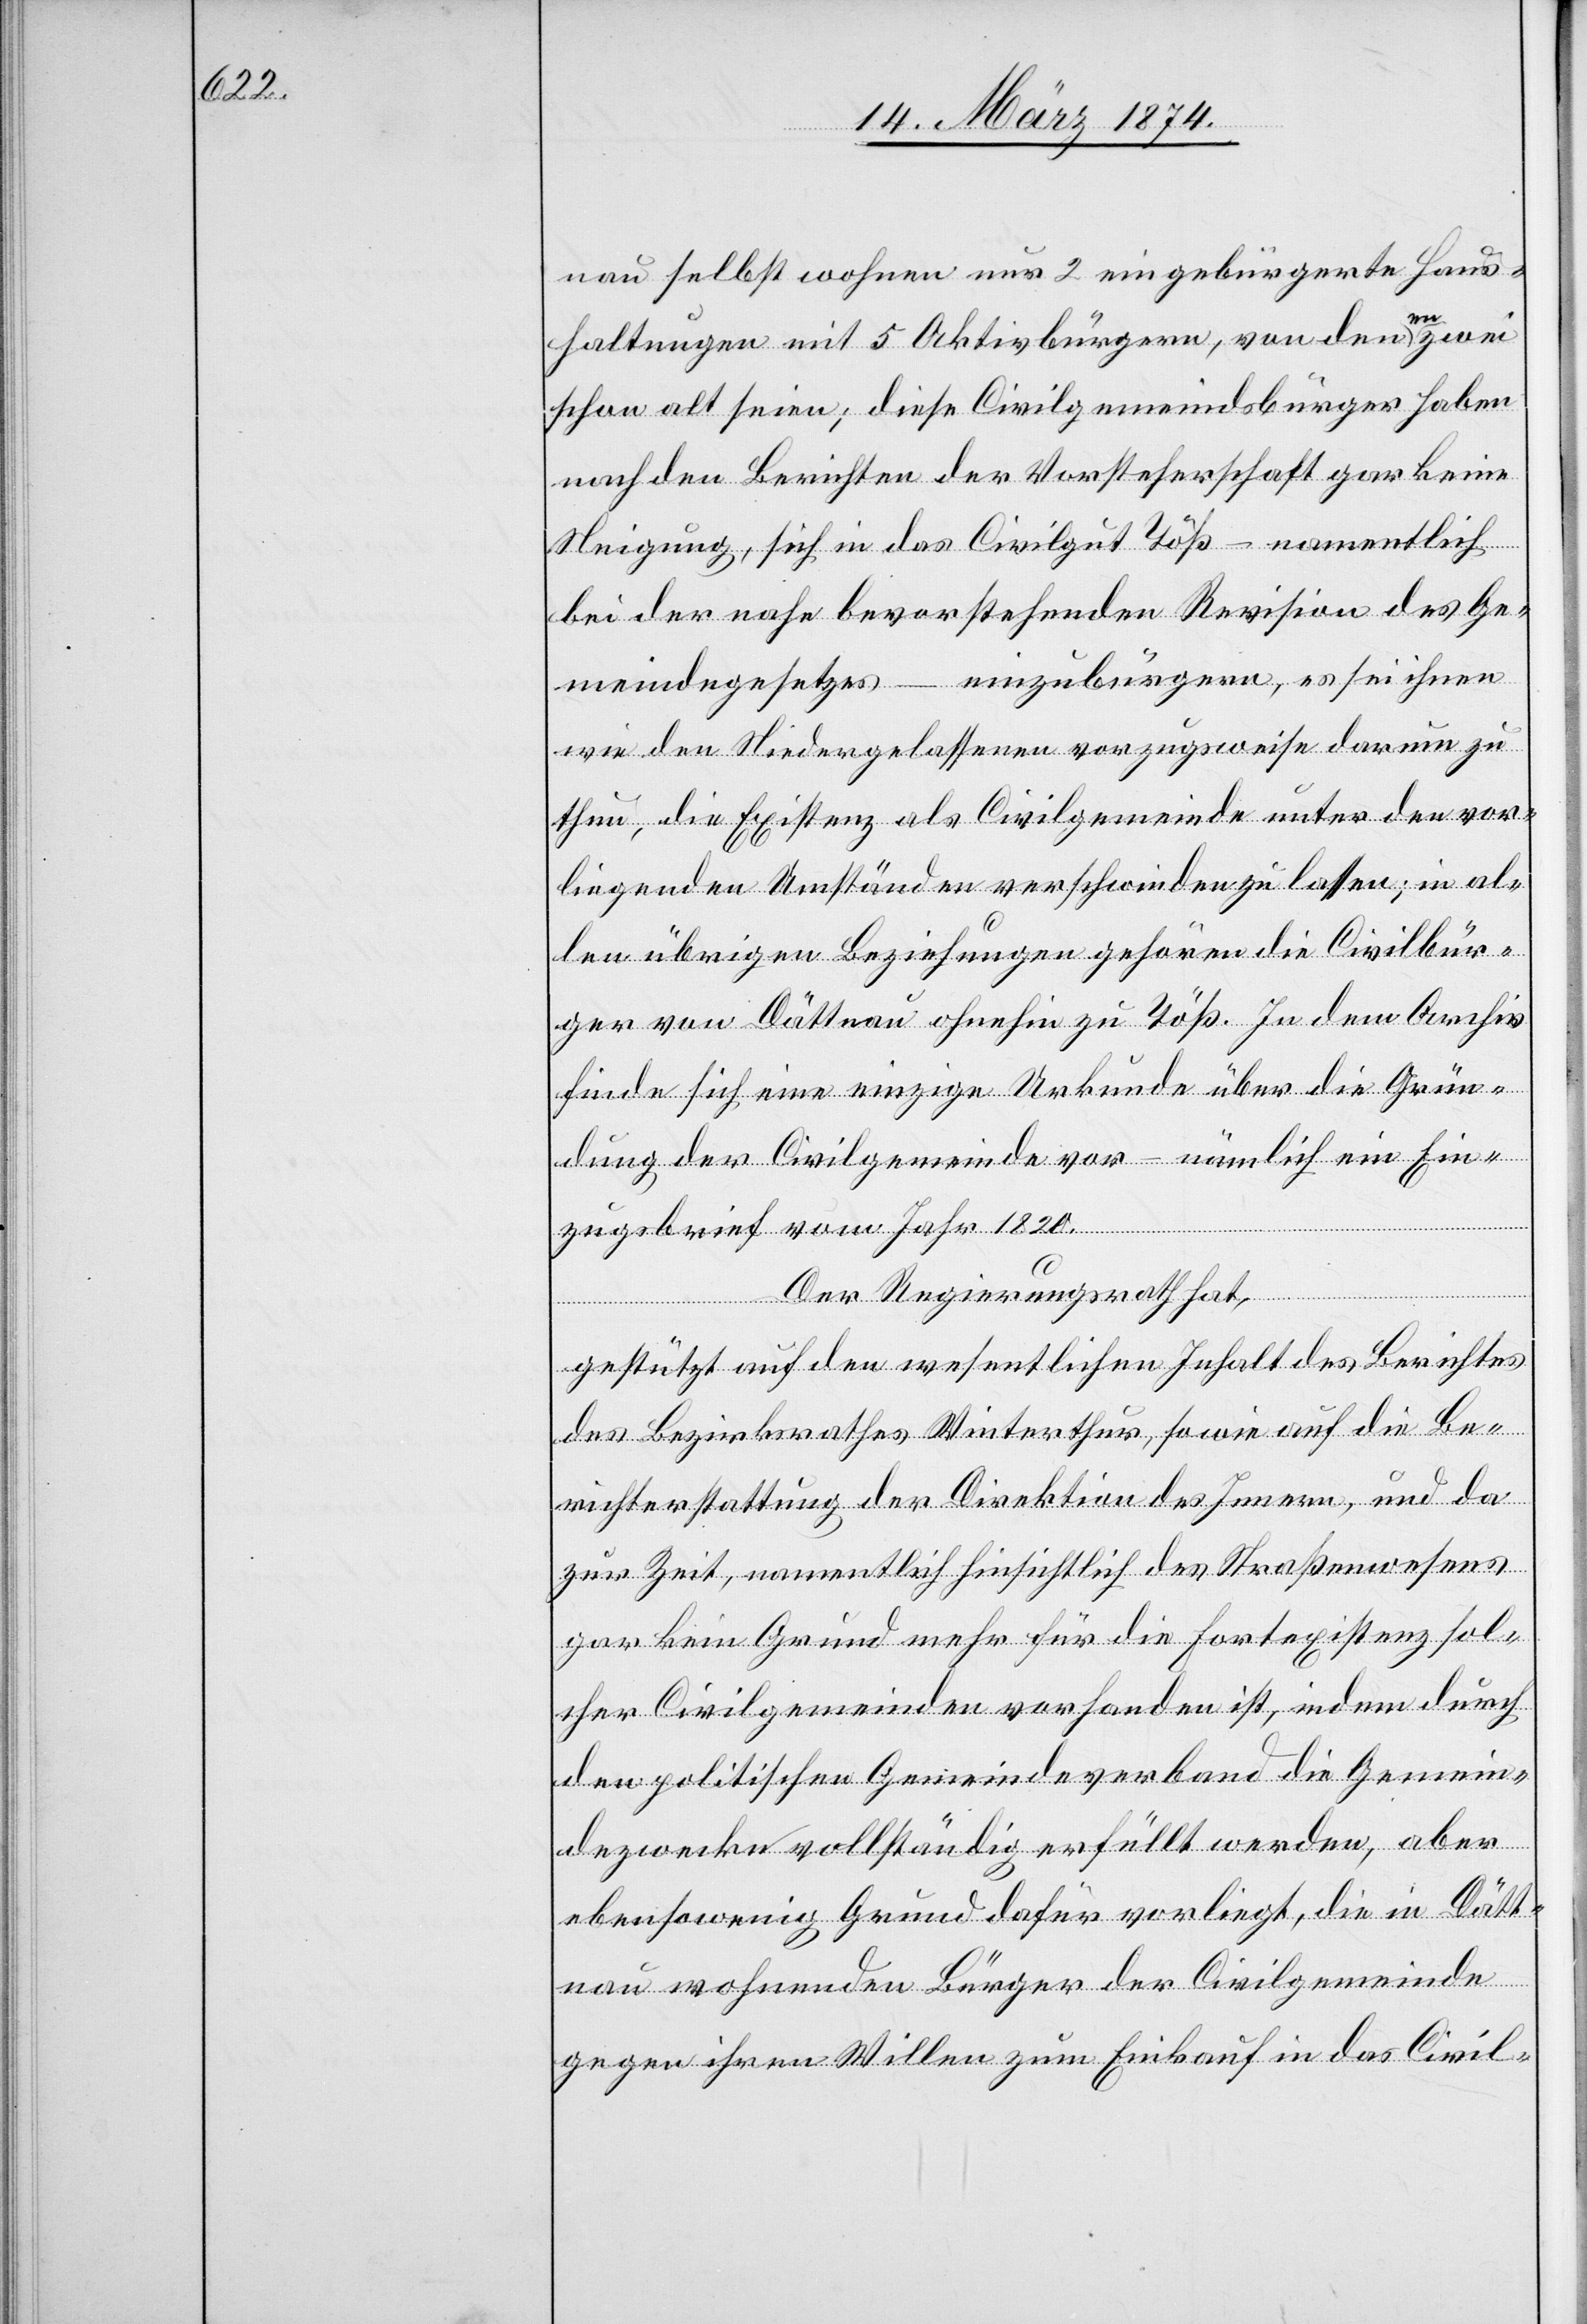
nau selbst wohnen nur 2 eingebürgerte Haus¬
haltungen mit 5 Aktivbürgern, von denen zwei
schon alt seien; diese Civilgemeindsbürger haben
nach den Berichten der Vorsteherschaft gar keine
Neigung, sich in das Civilgut Töß – einzubürg¬
wie den Niedergelassenen vorzugsweise darum zu
thun, die Existenz als Civilgemeinde unter den vor¬
liegenden Umständen verschwinden zu lassen; in al¬
len übrigen Beziehungen gehören die Civilbür¬
ger von Dättnau ohnehin zu Töß. In dem Archiv
finde sich eine einzige Urkunde über die Grün¬
dung der Civilgemeinde vor – nämlich ein Ein¬
zugsbrief vom Jahr 1820.
Der Regierungsrath hat,
nen
gestützt auf den wesentlichen Inhalt des Berichtes
des Bezirksrathes Winterthur, sowie auf die Be¬
richterstattung der Direktion des Innern, und da
zur Zeit, namentlich hinsichtlich des Straßenwesens
gar kein Grund mehr für die Fortexistenz sol¬
cher Civilgemeinden vorhanden ist, indem durch
den politischen Gemeindeverband die Gemein¬
dezwecke vollständig erfüllt werden, aber
ebensowenig Grund dafür vorliegt, die in Dätt¬
nau wohnenden Bürger der Civilgemeinde
gegen ihren Willen zum Einkauf in das Civil-